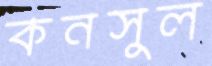
কনসুল